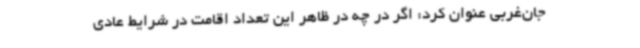
جان‌غربی عنوان کرد: اگر در چه در ظاهر این تعداد اقامت در شرایط عادی